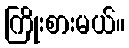
ကြိုးစားမယ်။